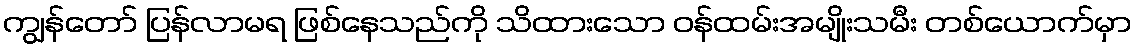
ကျွန်တော် ပြန်လာမရ ဖြစ်နေသည်ကို သိထားသော ဝန်ထမ်းအမျိုးသမီး တစ်ယောက်မှာ